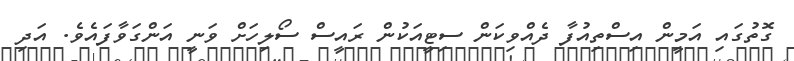
ގޮތުގައި އަމީން އިސްތިއުފާ ދެއްވިކަން ސިޓީއަކުން ރައީސް ސޯލިހަށް ވަނީ އަންގަވާފައެވެ. އަދި